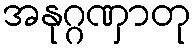
အနုဂ္ဂဏှာတု